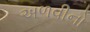
અળવીનો